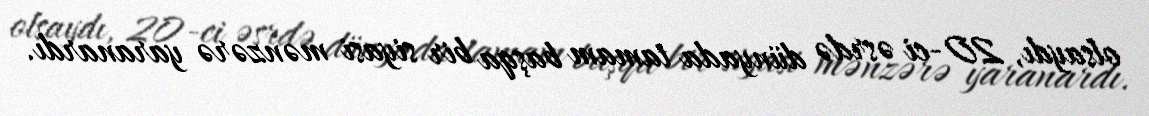
olsaydı, 20-ci əsrdə dünyada tamam başqa bir siyasi mənzərə yaranardı.